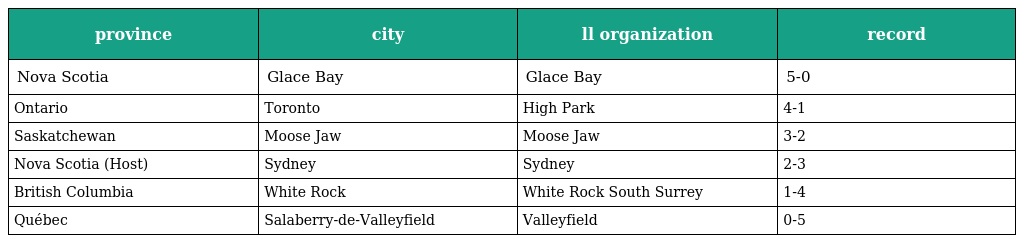
| province | city | ll organization | record |
 | --- | --- | --- | --- |
 | Nova Scotia | Glace Bay | Glace Bay | 5-0 |
 | Ontario | Toronto | High Park | 4-1 |
 | Saskatchewan | Moose Jaw | Moose Jaw | 3-2 |
 | Nova Scotia (Host) | Sydney | Sydney | 2-3 |
 | British Columbia | White Rock | White Rock South Surrey | 1-4 |
 | Québec | Salaberry-de-Valleyfield | Valleyfield | 0-5 |